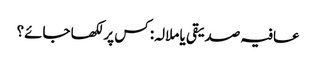
عافیہ صدیقی یا ملالہ: کس پر لکھا جائے؟